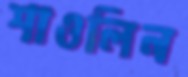
শাওলিন